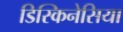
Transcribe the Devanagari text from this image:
डिस्किनेसिया